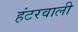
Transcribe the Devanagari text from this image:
हंटरवाली